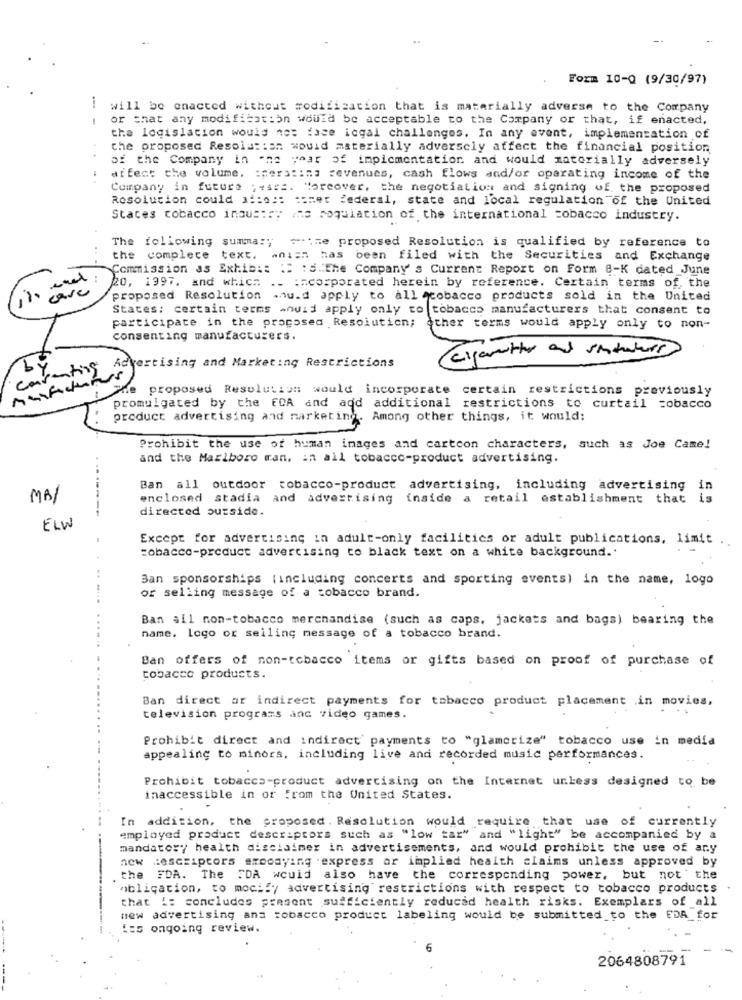
Form 10-0 (9/30/97)
will be onacted without modification that is materially adverse to the Company
or that any modification would be acceptable to the Company or that, if enacted,
the legislation would ne: fase icgal challenges. In any event, implementation of
the proposed Resolution would materially adversely affect the financial position
of the Company in one year of impicmentation and would materially adversely
affect the volume. : perstins revenues, cash flows and/or operating income of the
Company in futuro ;as ::. Moreover, the negotiation and signing of the proposed
Resolution could af:o :: simet federal, state and local regulation of the United
Staces tobacco industry ine poquiation of the international tobacco industry.
The following summa :; sie proposed Resolution is qualified by reference to
the complece text. anien has been filed with the Securities and Exchange
Commission as Exhib :: :: : 5.The Company's Current Report on Form 8-K dated June
20, 1997. and which ._ := cosporated herein by reference. Certain terms of, the
11 care
proposed Resolution would apply to all qtobacco products sold in the United
States: certain terms would apply only to tobacco manufacturers that consent to
participate in the proposed Resolution;
other terms would apply only to non-
consenting manufacturers.
( Cigaretter and statuturs
by
rating
Advertising and Marketing Restrictions
car
The proposed Resolution would incorporate certain restrictions previously
promulgated by the FDA and add additional restrictions to curtail tobacco
product advertising and marketing. Among other things, it would:
Prohibit the use of human images and cartoon characters, such as Joe Came!
and the Marlboro man, in all tobacco-product advertising.
Ban all outdoor tobacco-product advertising, including advertising in
MAI
enclosed stadia and advertising inside a retail establishment that is
directed outside.
ELW
Except for advertising in adult-only facilities or adult publications, limit
tobacco-product advertising to black text on a white background.'
Ban sponsorships (including concerts and sporting events) in the name, logo
or selling message of a tobacco brand.
Ban all non-tobacco merchandise (such as caps, jackets and bags) bearing the
name. Logo or selling message of a tobacco brand.
Ban offers of non-tobacco items or gifts based on proof of purchase of
tobacco products.
Ban direct ar indirect payments for tobacco product placement .in movies,
television programs and video games.
Prohibit direct and indirect' payments to "glamorize" tobacco use in media
appealing to minors, including live and recorded music performances.
Prohibit tobacco-product advertising on the Internet unless designed to be
inaccessible in or From the United States.
In addition, the proposed . Resolution would require that use of currently
employed product descriptors such as "low tar" and "light" be accompanied by a
mandatory health disclaimer in advertisements, and would prohibit the use of ary
new descriptors eroodying .express or implied health claims unless approved by
the FDA. The FDA would also have the corresponding power, but not the
obligation, to mocify advertising restrictions with respect to tobacco products
that ': concludes present sufficiently reduced health risks. Exemplars of _all
new advertising and tobacco product labeling would be submitted to the FDA_for
Les ongoing review.
2064808791